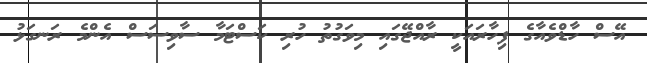
އޭސް ހާޑްވެއާގެ ފިހާރައަކީ ރާއްޖޭގައި މިވަގުތު ހުރި ކަސްޓަމާ ސާވިސަސް އެންމެ ރަނގަޅު